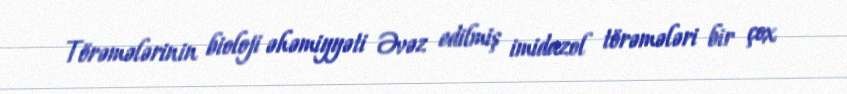
Törəmələrinin bioloji əhəmiyyəti Əvəz edilmiş imidazol törəmələri bir çox